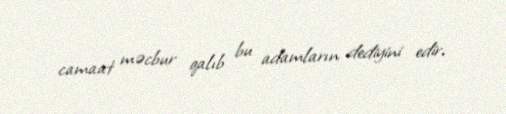
camaat məcbur qalıb bu adamların dediyini edir.